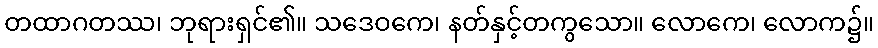
တထာဂတဿ၊ ဘုရားရှင်၏။ သဒေဝကေ၊ နတ်နှင့်တကွသော။ လောကေ၊ လောက၌။